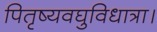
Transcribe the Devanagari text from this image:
पितृष्यवघुविधात्रा।